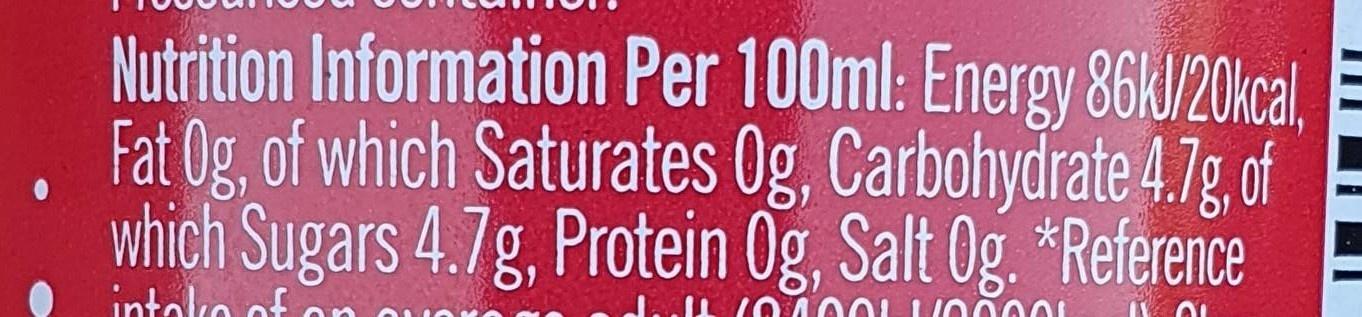
Nutrition Information Per 100ml: Energy 86kl/20kcal, Fat Og, of which Saturates 0g, Carbohydrate 4.7g,of which Sugars 4.7g, Protein Og, Salt Og. *Reference
intalko of